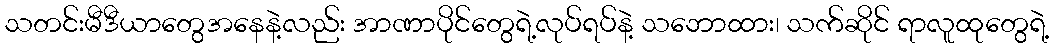
သတင်းမီဒီယာတွေအနေနဲ့လည်း အာဏာပိုင်တွေရဲ့လုပ်ရပ်နဲ့ သဘောထား၊ သက်ဆိုင် ရာလူထုတွေရဲ့